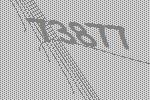
73877